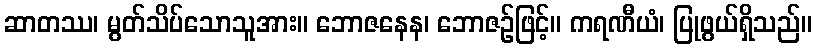
ဆာတဿ၊ မွတ်သိပ်သောသူအား။ ဘောဇနေန၊ ဘောဇဉ်ဖြင့်။ ကရဏီယံ၊ ပြုဖွယ်ရှိသည်။